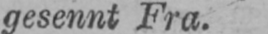
gesennt Fra.